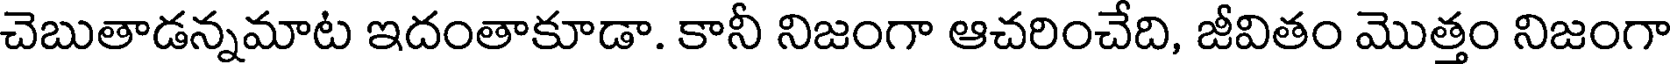
చెబుతాడన్నమాట ఇదంతాకూడా. కానీ నిజంగా ఆచరించేది, జీవితం మొత్తం నిజంగా